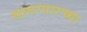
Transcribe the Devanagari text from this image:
सागरपारच्या